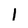
Character: l